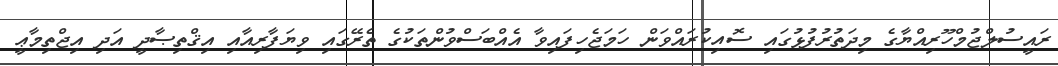
ރައީސުލްޖުމްހޫރިއްޔާގެ މިދަތުރުފުޅުގައި ސޮއިކުރައްވަން ހަމަޖެހިފައިވާ އެއްބަސްވުންތަކުގެ ތެރޭގައި ވިޔަފާރިއާއި އިޤްތިޞާދީ އަދި އިޖްތިމާޢީ